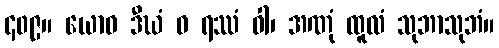
၄၀၉။ ယောဓ ဒီဃံ ဝ ရဿံ ဝါ၊ အဏုံ ထူလံ သုဘာသုဘံ။